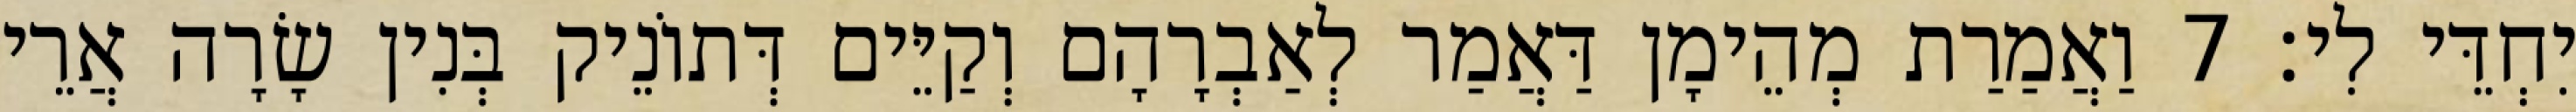
יִחְדֵּי לִי׃ 7 וַאֲמַרַת מְהֵימָן דַּאֲמַר לְאַבְרָהָם וְקַיֵּים דְּתוֹנֵיק בְּנִין שָׂרָה אֲרֵי